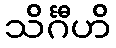
သိင်္ဂီဟိ